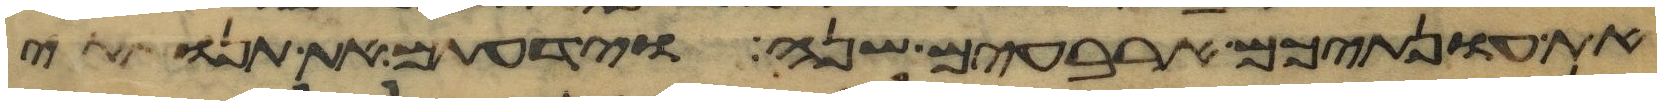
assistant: את עונתיכם ארבעים שנה וידעתם את תנואתי